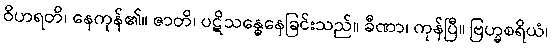
ဝိဟရတိ၊ နေကုန်၏။ ဇာတိ၊ ပဋိသန္ဓေနေခြင်းသည်။ ခီဏာ၊ ကုန်ပြီ။ ဗြဟ္မစရိယံ၊